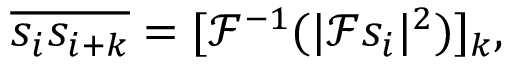
\overline { { s _ { i } s _ { i + k } } } = [ \mathcal { F } ^ { - 1 } ( | \mathcal { F } s _ { i } | ^ { 2 } ) ] _ { k } ,